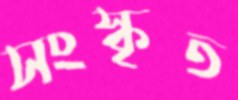
সংস্কৃত